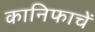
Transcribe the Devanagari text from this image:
कानिफाचें